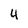
Character: 4